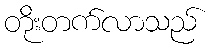
တိုးတက်လာသည်